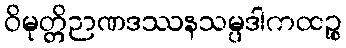
ဝိမုတ္တိဉာဏဒဿနသမ္ပဒါကထဉ္စ